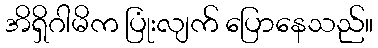
အိရှိဂါမိက ပြုံးလျက် ပြောနေသည်။